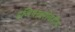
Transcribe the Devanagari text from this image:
इजिप्तबरोबरील